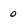
Character: 0